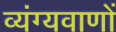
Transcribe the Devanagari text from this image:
व्यंग्यवाणों